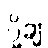
ပို့ချ